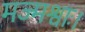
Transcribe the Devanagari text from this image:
मज्मश्वाः।